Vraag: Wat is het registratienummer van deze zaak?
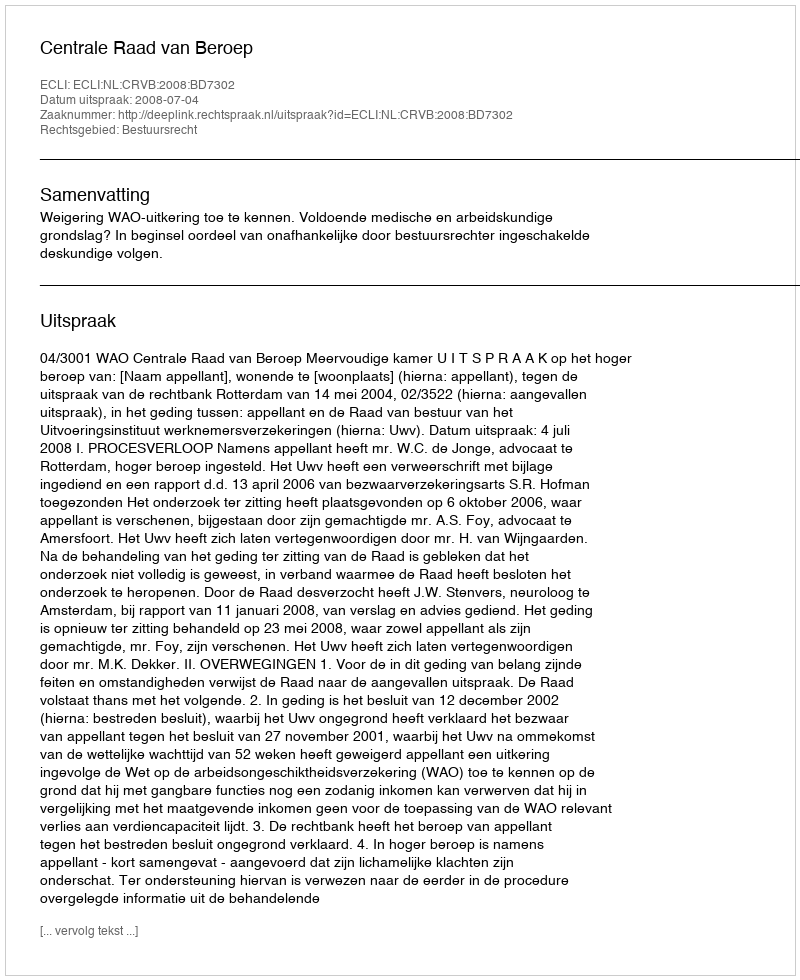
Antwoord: http://deeplink.rechtspraak.nl/uitspraak?id=ECLI:NL:CRVB:2008:BD7302